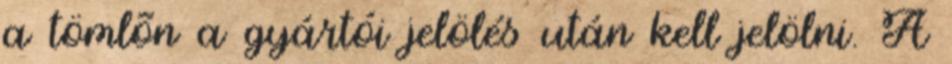
a tömlõn a gyártói jelölés után kell jelölni. A